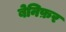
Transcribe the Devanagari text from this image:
बेनिफ़र